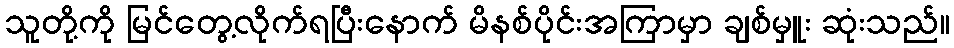
သူတို့ကို မြင်တွေ့လိုက်ရပြီးနောက် မိနစ်ပိုင်းအကြာမှာ ချစ်မှူး ဆုံးသည်။